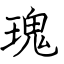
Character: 瑰